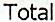
TOTAL